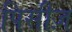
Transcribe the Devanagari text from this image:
पिसीज़